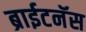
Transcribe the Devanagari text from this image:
ब्राईटनॅस